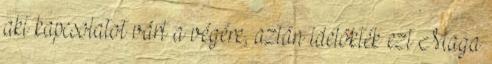
aki kapcsolatot várt a végére, aztán idelökték ezt Maga